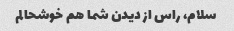
سلام، راس از دیدن شما هم خوشحالم